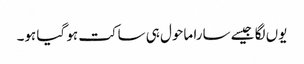
یوں لگا جیسے سارا ماحول ہی ساکت ہو گیا ہو۔